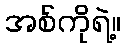
အစ်ကိုရဲ့။